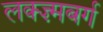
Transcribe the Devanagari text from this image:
लक्ज़्मबर्ग